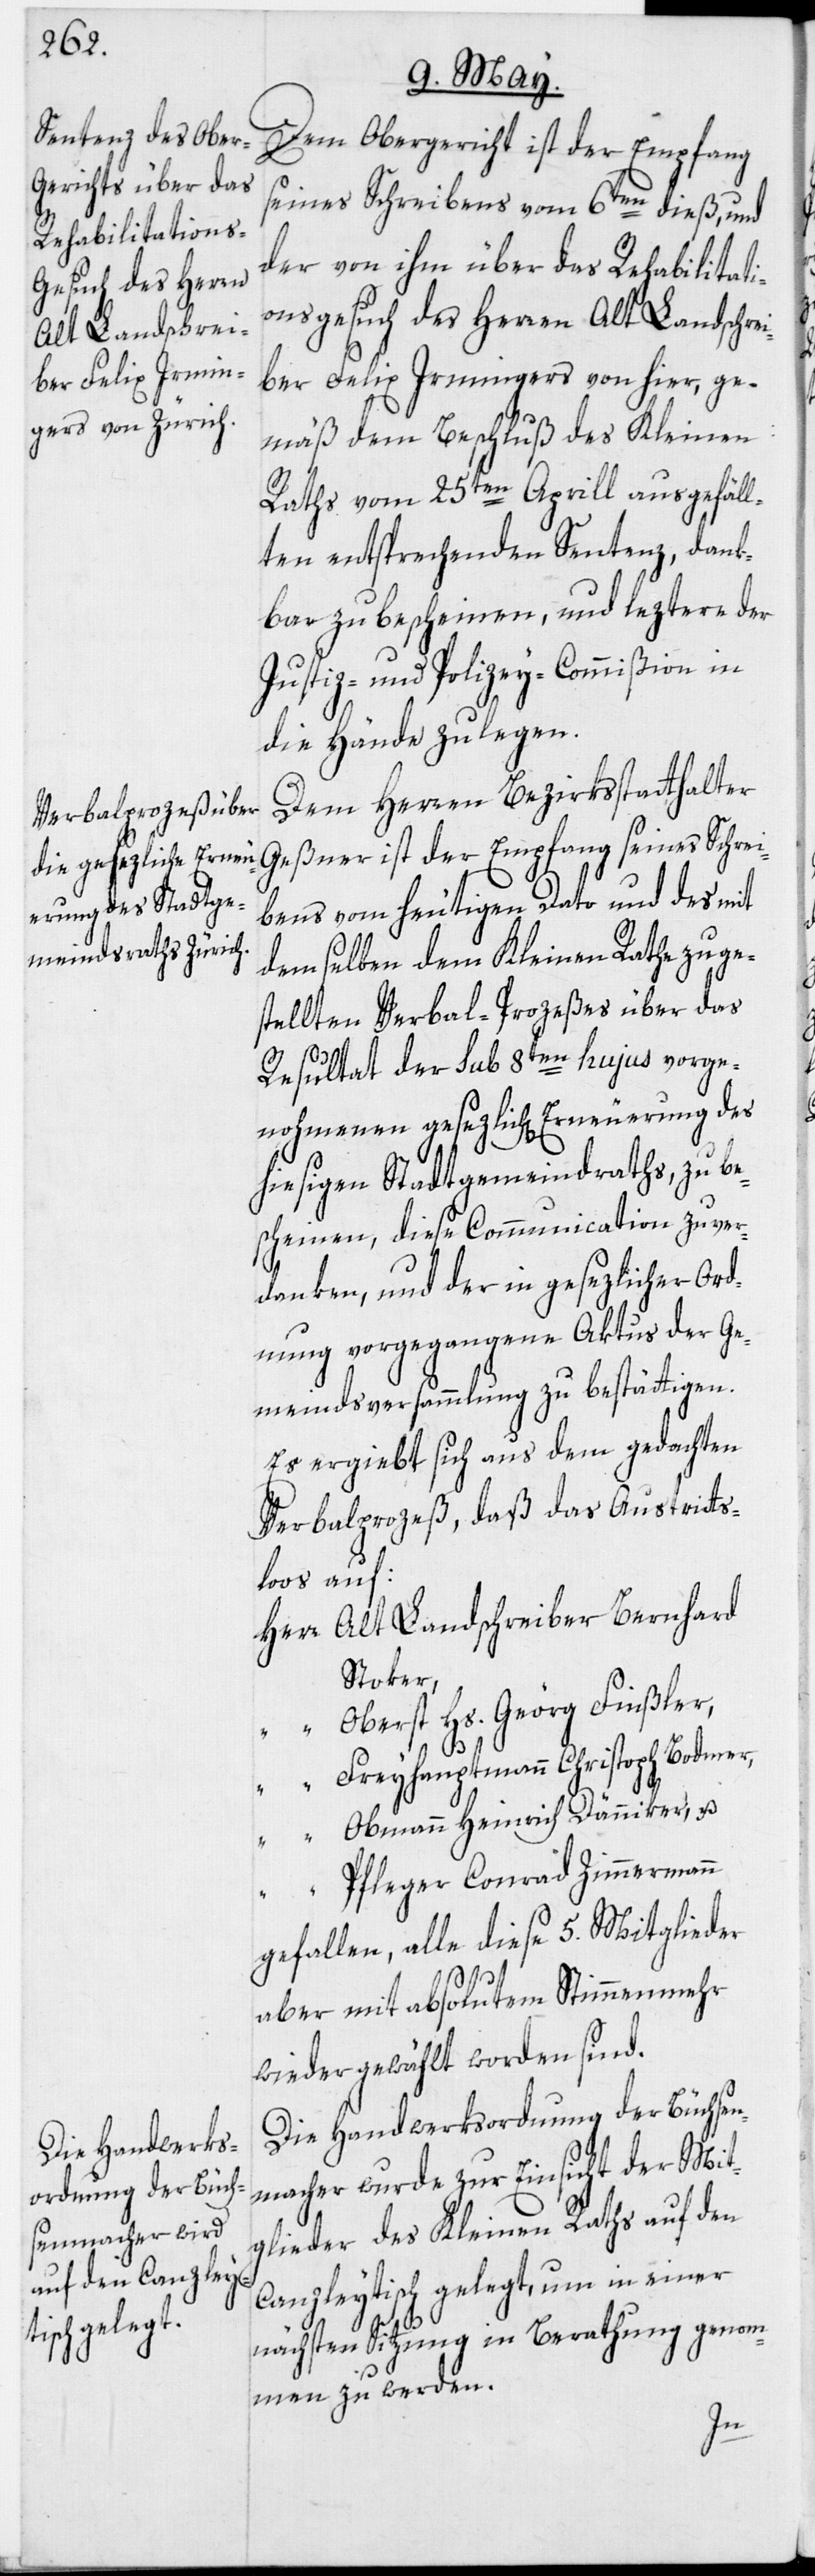
Dem Obergericht ist der Empfang
seines Schreibens vom 6ten dieß, und
der von ihm über das Rehabilitati¬
onsgesuch des Herren Alt Landschrei¬
ber Felix Irmingers von hier, ge¬
mäß dem Beschluß des Kleinen
Raths vom 25ten Aprill ausgefäll¬
ten entsprechenden Sentenz, dank¬
bar zu bescheinen, und leztere der
Justiz- und Polizey-Commißion in
die Hände zu legen.
Geßner ist der Empfang seines Schre¬
ibens vom heutigen Dato und des mit
demselben dem Kleinen Rathe zuge¬
stellten Verbal-Prozeßes über das
Resultat der sub 8ten hujus vorge¬
nohmenen gesezlich[en] Erneuerung des
hiesigen Stadtgemeindraths, zu be¬
scheinen, diese Communication zu ver¬
danken, und der in gesezlicher Ord¬
nung vorgegangene Aktus der Ge¬
meindsversammlung zu bestättigen.
Es ergiebt sich aus dem gedachten
Verbalprozeß, daß das Austritts¬
loos auf:
Herr Alt Landschreiber Bernhard
Stoker,
“ Oberst Hs. Geörg Finßler,
“ Freyhauptmann Christoph Bodmer,
“ Obmann Heinrich Dänniker, u.
“ Pfleger Conrad Zimmermann
gefallen, alle diese 5. Mitglieder
aber mit absolutem Stimmenmehr
wieder gewählt worden sind.
Die Handwerksordnung der Büchsen¬
macher wurde zur Einsicht der Mit¬
glieder des Kleinen Raths auf den
Canzleytisch gelegt, um in einer
nächsten Sitzung in Berathung genom¬
men zu werden.